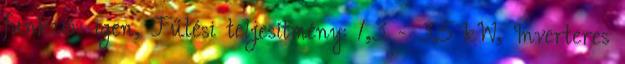
funkció:: igen, Fűtési teljesítmény: 1,3 - 3,5 kW, Inverteres